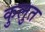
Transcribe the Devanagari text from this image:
कुलुत